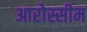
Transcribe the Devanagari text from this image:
आरोस्सीम